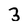
Character: 3